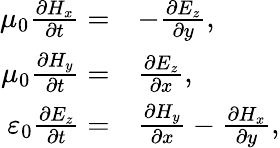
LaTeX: \begin{array}{rl}{\mu_{0}\frac{\partial H_{x}}{\partial t}=}&{-\frac{\partial E_{z}}{\partial y},}\\ {\mu_{0}\frac{\partial H_{y}}{\partial t}=}&{\frac{\partial E_{z}}{\partial x},}\\ {\varepsilon_{0}\frac{\partial E_{z}}{\partial t}=}&{\frac{\partial H_{y}}{\partial x}-\frac{\partial H_{x}}{\partial y},}\end{array}